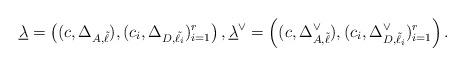
LaTeX: \begin{align*}\underline{\lambda} = \left( (c, \Delta_{A, \tilde{\ell}}), (c_i, \Delta_{D, \tilde{\ell_i}})_{i=1}^{r}\right),\underline{\lambda}^{\vee} = \left( (c, \Delta_{A, \tilde{\ell}}^{\vee}), (c_i, \Delta^{\vee}_{D, \tilde{\ell_i}})_{i=1}^{r} \right).\end{align*}